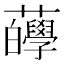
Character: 𧅷